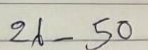
26 . 50